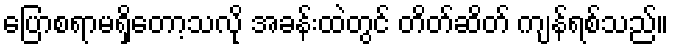
ပြောစရာမရှိတော့သလို အခန်းထဲတွင် တိတ်ဆိတ် ကျန်ရစ်သည်။